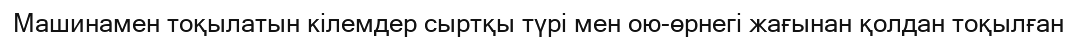
Машинамен тоқылатын кілемдер сыртқы түрі мен ою-өрнегі жағынан қолдан тоқылған